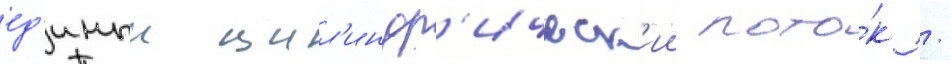
ед'иныи цил'индр'ическ'ии пото́к /